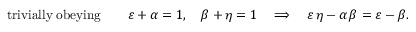
\mathrm { t r i v i a l l y \; o b e y i n g } \qquad \varepsilon + \alpha = 1 , \quad \beta + \eta = 1 \quad \Longrightarrow \quad \varepsilon \, \eta - \alpha \, \beta = \varepsilon - \beta .